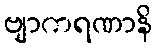
ဗျာကရဏာနိ